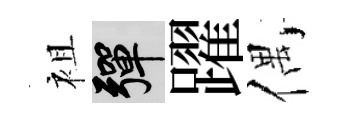
袓彈躍偶